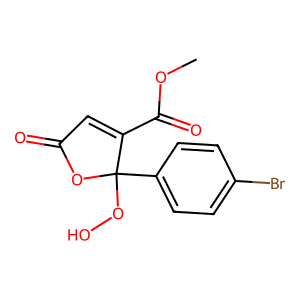
SMILES: COC(=O)C1=CC(=O)OC1(OO)c1ccc(Br)cc1
Inhibits HIV replication: No